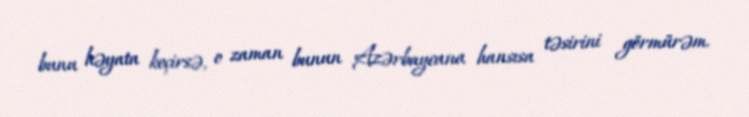
bunu həyata keçirsə, o zaman bunun Azərbaycana hansısa təsirini görmürəm.